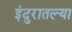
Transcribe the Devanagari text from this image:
इंदुरातल्या